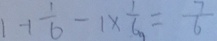
1 + \frac { 1 } { 6 } - 1 \times \frac { 1 } { 6 } = \frac { 7 } { 6 }